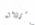
سرواله